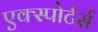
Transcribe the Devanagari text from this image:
एक्स्पोर्टर्स